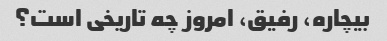
بیچاره، رفیق، امروز چه تاریخی است؟